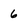
Character: 6